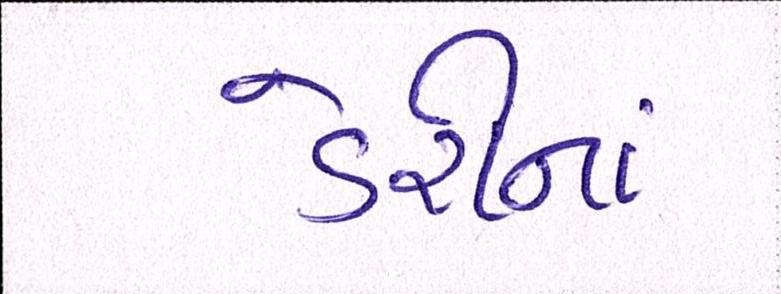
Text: ડેરીનાં